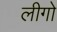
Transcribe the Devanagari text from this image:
लीगो